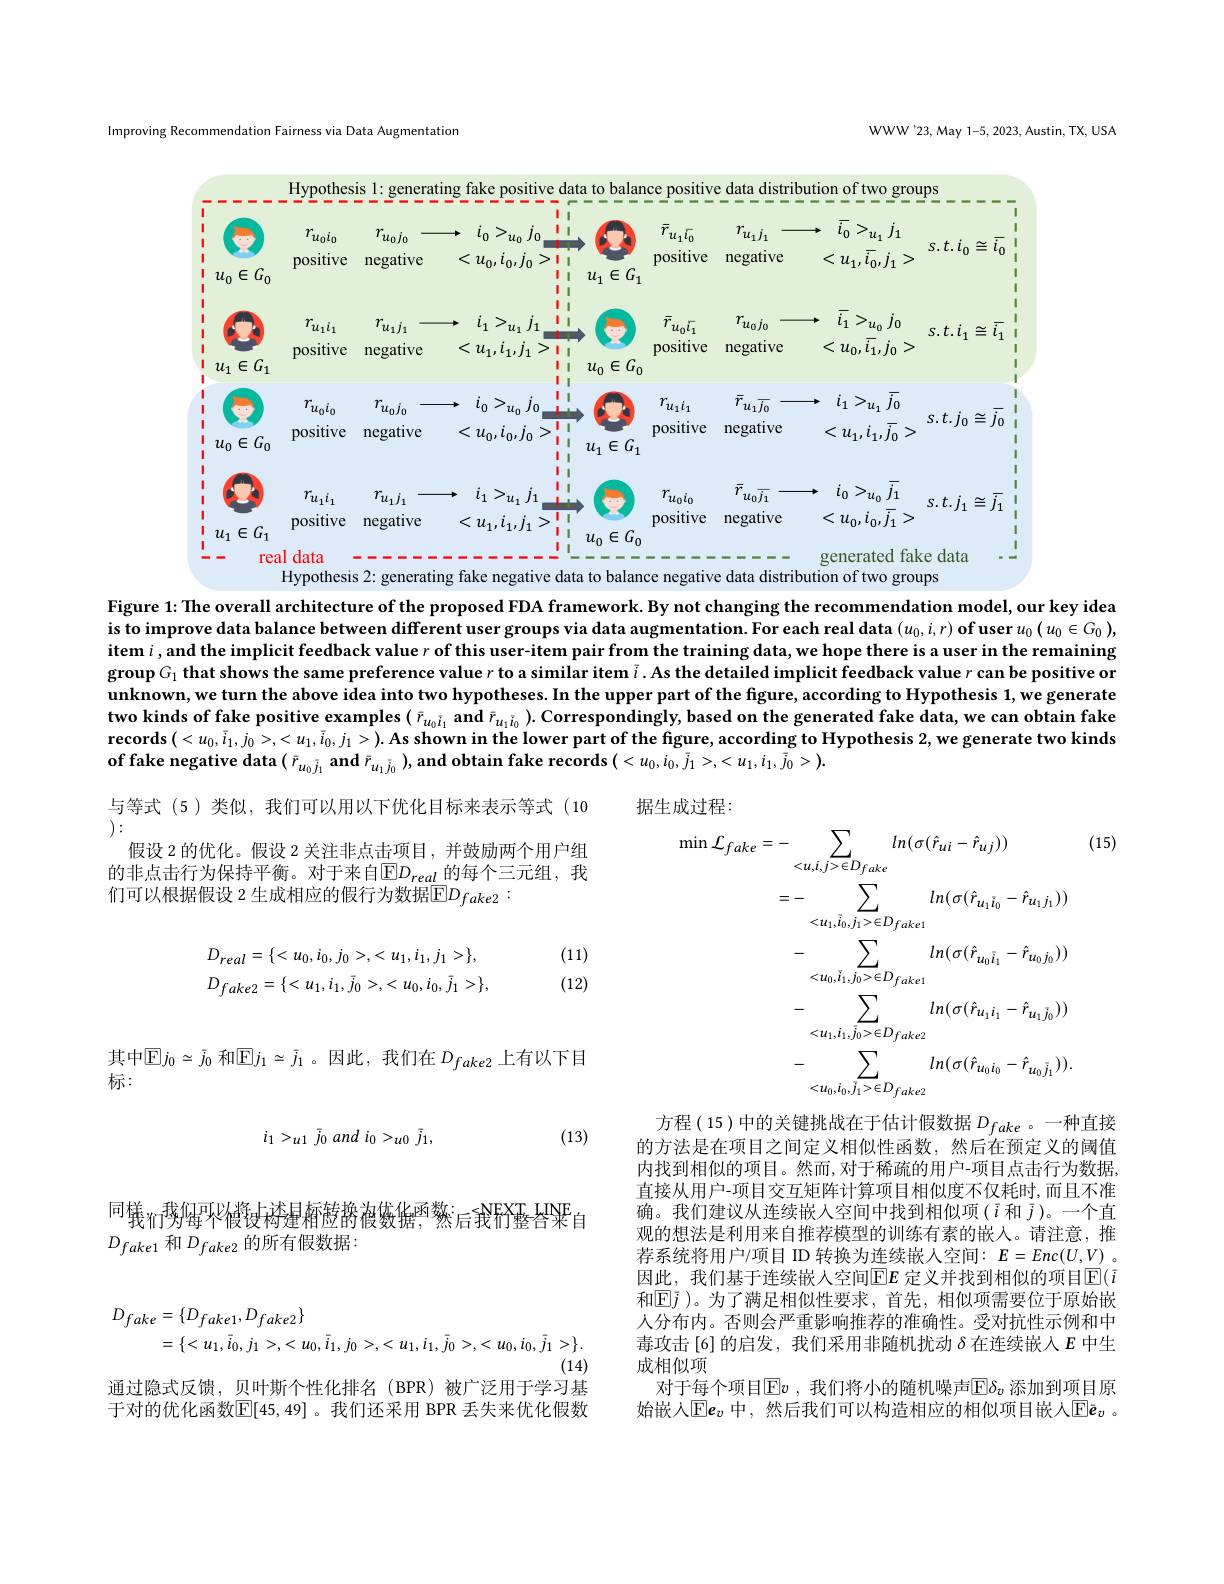
Improving Recommendation Fairness via Data Augmentation

WWW'23, May 1-5, 2023, Austin, TX, USA

<FigureHere>

Figure 1: The overall architecture of the proposed FDA framework. By not changing the recommendation model, our key idea is to improve data balance between different user groups via data augmentation. For each real data $(u_0,i,r)$ of user $u_0(u_0\in G_0)$, $\dot{\text{item }i},\dot{\text{and the implicit feedback value }r\text{ of this user-item pair from the training data, we hope there is a user in the remaining}}$ group $G_1$ that shows the same preference value $r$ to a similar item $\tilde{i}.$ As the detailed implicit feedback value $r$ can be positive or unknown, we turn the above idea into two hypotheses. In the upper part of the figure, according to Hypothesis 1, we generate two kinds of fake positive examples $(\bar{r}_{u_0i_1}$ and $\bar{r}_{u_1i_0}).$ Correspondingly, based on the generated fake data, we can obtain fake $\mathbf{records}(<u_{0},\tilde{i}_{1},j_{0}>,<u_{1},\tilde{i}_{0},j_{1}>).$As shown in the lower part of the figure, according to Hypothesis 2, we generate two kinds of fake negative data $(\bar{r}_{u_{0}\bar{j}_{1}}$ and $\bar{r}_{u_{1}\bar{j}_{0}})$, and obtain fake records $(<u_0,i_0,\bar{j}_{1}>,<u_1,i_1,\bar{j}_0>).$

与等式(5)类似，我们可以用以下优化目标来表示等式(10

据生成过程：

 ):

(15)

假设 2 的优化。假设 2 关注非点击项目，并鼓励两个用户组

的非点击行为保持平衡。对于来自$\overline{\mathbb{E}}D_{real}$的每个三元组，我

们可以根据假设 2 生成相应的假行为数据$\overline{\mathbb{E}}D_{fake2}:$

(11) (12)
$$D_{real}=\{<u_{0},i_{0},j_{0}>,<u_{1},i_{1},j_{1}>\},\\D_{fake2}=\{<u_{1},i_{1},\bar{j}_{0}>,<u_{0},i_{0},\bar{j}_{1}>\},$$
$$\begin{aligned}\operatorname*{min}\mathcal{L}_{fake}&=-\sum_{<u,i,j>\in D_{fake}}ln(\sigma(\hat{r}_{ui}-\hat{r}_{uj}))\\&=-\sum_{<u_{1},\bar{i}_{0},j_{1}>\in D_{fake1}}ln(\sigma(\hat{r}_{u_{1}\bar{i}_{0}}-\hat{r}_{u_{1}j_{1}}))\\&-\sum_{<u_{0},i_{1},j_{0}>\in D_{fake1}}ln(\sigma(\hat{r}_{u_{0}\bar{i}_{1}}-\hat{r}_{u_{0}j_{0}}))\\&-\sum_{<u_{1},i_{1},j_{0}>\in D_{fake2}}ln(\sigma(\hat{r}_{u_{1}i_{1}}-\hat{r}_{u_{1}j_{0}}))\\&-\sum_{<u_{0},i_{0},j_{1}>\in D_{fake2}}ln(\sigma(\hat{r}_{u_{0}i_{0}}-\hat{r}_{u_{0}\bar{j}_{1}})).\end{aligned}$$
其中$\mathbb{E}j_0\simeq\bar{j}_0$ 和$\mathbb{E}j_1\simeq\bar{j}_1$ 。因此，我们在 $D_fake2$ 上有以下目
标：
$$i_{1}>_{u1}\bar{j}_{0}\:and\:i_{0}>_{u0}\bar{j}_{1},$$
(13)

同樣$_{n\text{门势霉不微钱构建箱透持被数据},\text{ 然}}$ ATXT ANF
$D_{fake1}$和$D_fake2$的所有假数据：

方程( 15)中的关键挑战在于估计假数据$D_{fake}$ 。一种直接的方法是在项目之间定义相似性函数，然后在预定义的阈值内找到相似的项目。然而，对于稀疏的用户-项目点击行为数据， 直接从用户-项目交互矩阵计算项目相似度不仅耗时，而且不准确。我们建议从连续嵌入空间中找到相似项($\bar{i}$和$\bar{j})$。一个直观的想法是利用来自推荐模型的训练有素的嵌入。请注意，推荐系统将用户/项目 ID 转换为连续嵌人空间：$E=Enc(U,V)$ 。因此，我们基于连续嵌人空间$\overline{\mathrm{E}}E$ 定义并找到相似的项目$\overline{\mathrm{E}}(i$ 和$\overline{\mathrm{E}}\bar{j}$ )。为了满足相似性要求，首先，相似项需要位于原始嵌人分布内。否则会严重影响推荐的准确性。受对抗性示例和中毒攻击[6]的启发，我们采用非随机扰动$\delta$在连续嵌入$E$中生成相似项
对于每个项目$\operatorname{Ev}$ ,我们将小的随机噪声$\operatorname{E}\delta_v$ 添加到项目原始嵌入$\overline{\mathrm{E}}\boldsymbol{e}_v$ 中，然后我们可以构造相应的相似项目嵌人$\overline{\mathrm{E}}\bar{\boldsymbol{e}}_v$。
$$\begin{aligned}D_{fake}&=\{D_{fake1},D_{fake2}\}\\&=\{<u_{1},\bar{i}_{0},j_{1}>,<u_{0},\bar{i}_{1},j_{0}>,<u_{1},i_{1},\bar{j}_{0}>,<u_{0},i_{0},\bar{j}_{1}>\}.\end{aligned}$$
通过隐式反馈，贝叶斯个性化排名(BPR)被广泛用于学习基

于对的优化函数$\mathbb{E}[45,49]$ 。我们还采用 BPR 丢失来优化假数